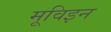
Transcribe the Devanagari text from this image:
मूविइन